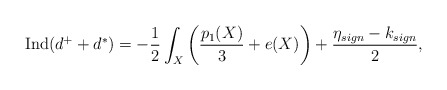
\begin{align*} \operatorname{Ind}(d^+ + d^*) = -\frac{1}{2} \int_X \left( \frac{p_1 (X)}{3} + e(X)\right) + \frac{\eta_{sign} - k_{sign}}{2}, \end{align*}